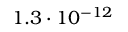
1 . 3 \cdot 1 0 ^ { - 1 2 }